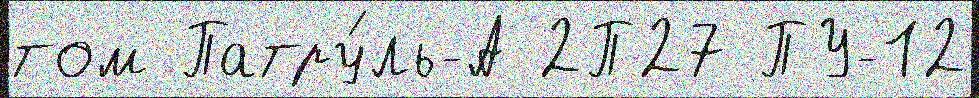
том Патру́ль-А 2П27 ПУ-12